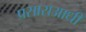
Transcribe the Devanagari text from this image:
प्रसाराआधी